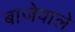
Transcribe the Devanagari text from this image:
बाजेवाले